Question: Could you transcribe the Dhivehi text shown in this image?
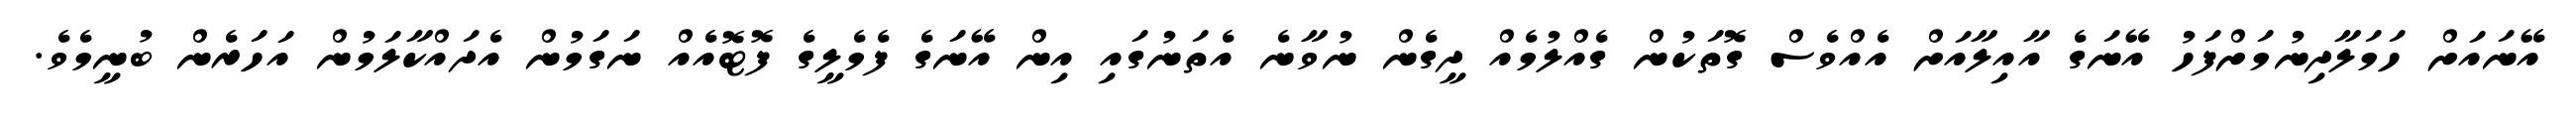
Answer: އޭނައަށް ހަމަލާދިނުމަށްފަހު އޭނަގެ އާއިލާއަށް އެއްވެސް ގޮތަކުން ގެއްލުމެއް ދީގެން ނުވާނެ އެތަނުގައި އިން އޭނަގެ ފެމެލީގެ ފޮޓޮއެއް ނަގަމުން އެދައްކާލަމުން އަހަރެން ބުނީމެވެ.